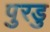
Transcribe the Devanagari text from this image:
पुरडु